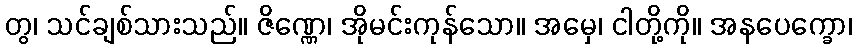
တွ၊ သင်ချစ်သားသည်။ ဇိဏ္ဏေ၊ အိုမင်းကုန်သော။ အမှေ၊ ငါတို့ကို။ အနပေက္ခော၊